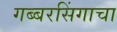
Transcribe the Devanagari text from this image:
गब्बरसिंगाचा